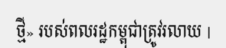
ថ្មី» របស់ពលរដ្ឋកម្ពុជាត្រូវរលាយ |